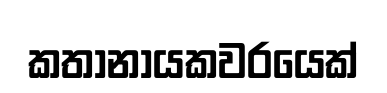
කතානායකවරයෙක්